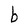
Character: b